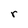
Character: r